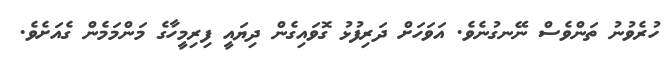
ހުރެވުނު ތަންވެސް ނޭނގުނެވެ. އަވަހަށް ދަރިފުޅު ގޮވައިގެން ދިޔައީ ފިރިމީހާގެ މަންމަމެން ގެއަށެވެ.